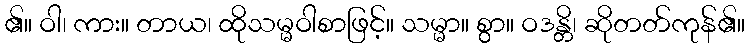
၏။ ဝါ၊ ကား။ တာယ၊ ထိုသမ္မဝါစာဖြင့်။ သမ္မာ။ စွာ။ ဝဒန္တိ၊ ဆိုတတ်ကုန်၏။